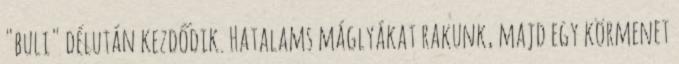
"buli" délután kezdődik. Hatalams máglyákat rakunk, majd egy körmenet